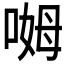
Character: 𫪰